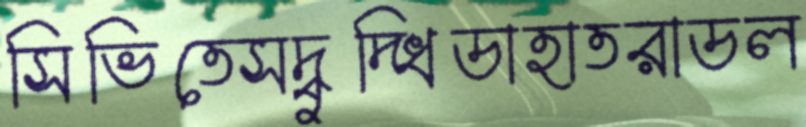
সিভিতেসদ্‌বুদ্ধিডাহাতরাডল